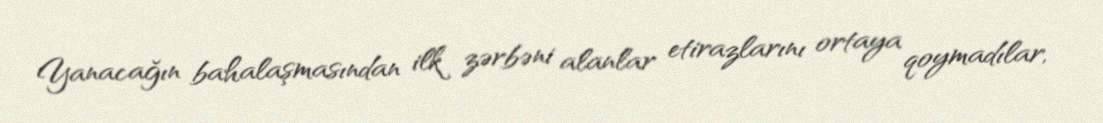
Yanacağın bahalaşmasından ilk zərbəni alanlar etirazlarını ortaya qoymadılar,